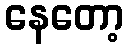
နေတော့